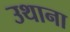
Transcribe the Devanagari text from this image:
उथाना